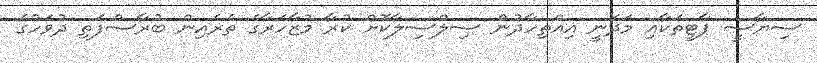
ސިޔާސީ ޕާޓީތަކާއި މަދަނީ އިއްތިހާދުން ސިލްސިލާކޮށް ކުރާ މުޒާހަރާގެ ތެރެއިން ބުރާސްފަތި ދުވަހުގެ